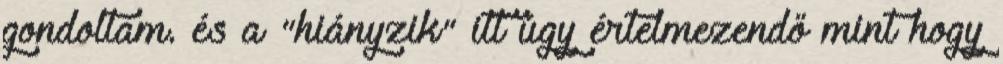
gondoltam. és a "hiányzik" itt úgy értelmezendő mint hogy